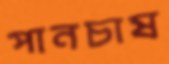
পানচাষ